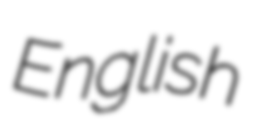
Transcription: English